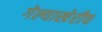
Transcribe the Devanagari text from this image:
गेल्याखेरीच